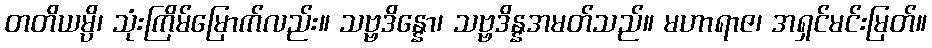
တတိယမ္ပိ၊ သုံးကြိမ်မြောက်လည်း။ သဗ္ဗဒိန္နော၊ သဗ္ဗဒိန္နအမတ်သည်။ မဟာရာဇ၊ အရှင်မင်းမြတ်။